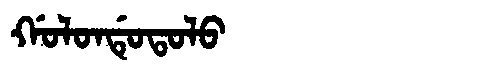
Manchu: ᡤᠣᠯᠣᠨᡩᡠᡨᠣᠯᠣ
Romanization: GOLONDUTOLO